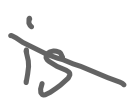
Text: is
Cross-out: diagonal
Writing tool: digital_gray